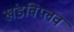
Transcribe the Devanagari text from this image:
खंडविप्लव